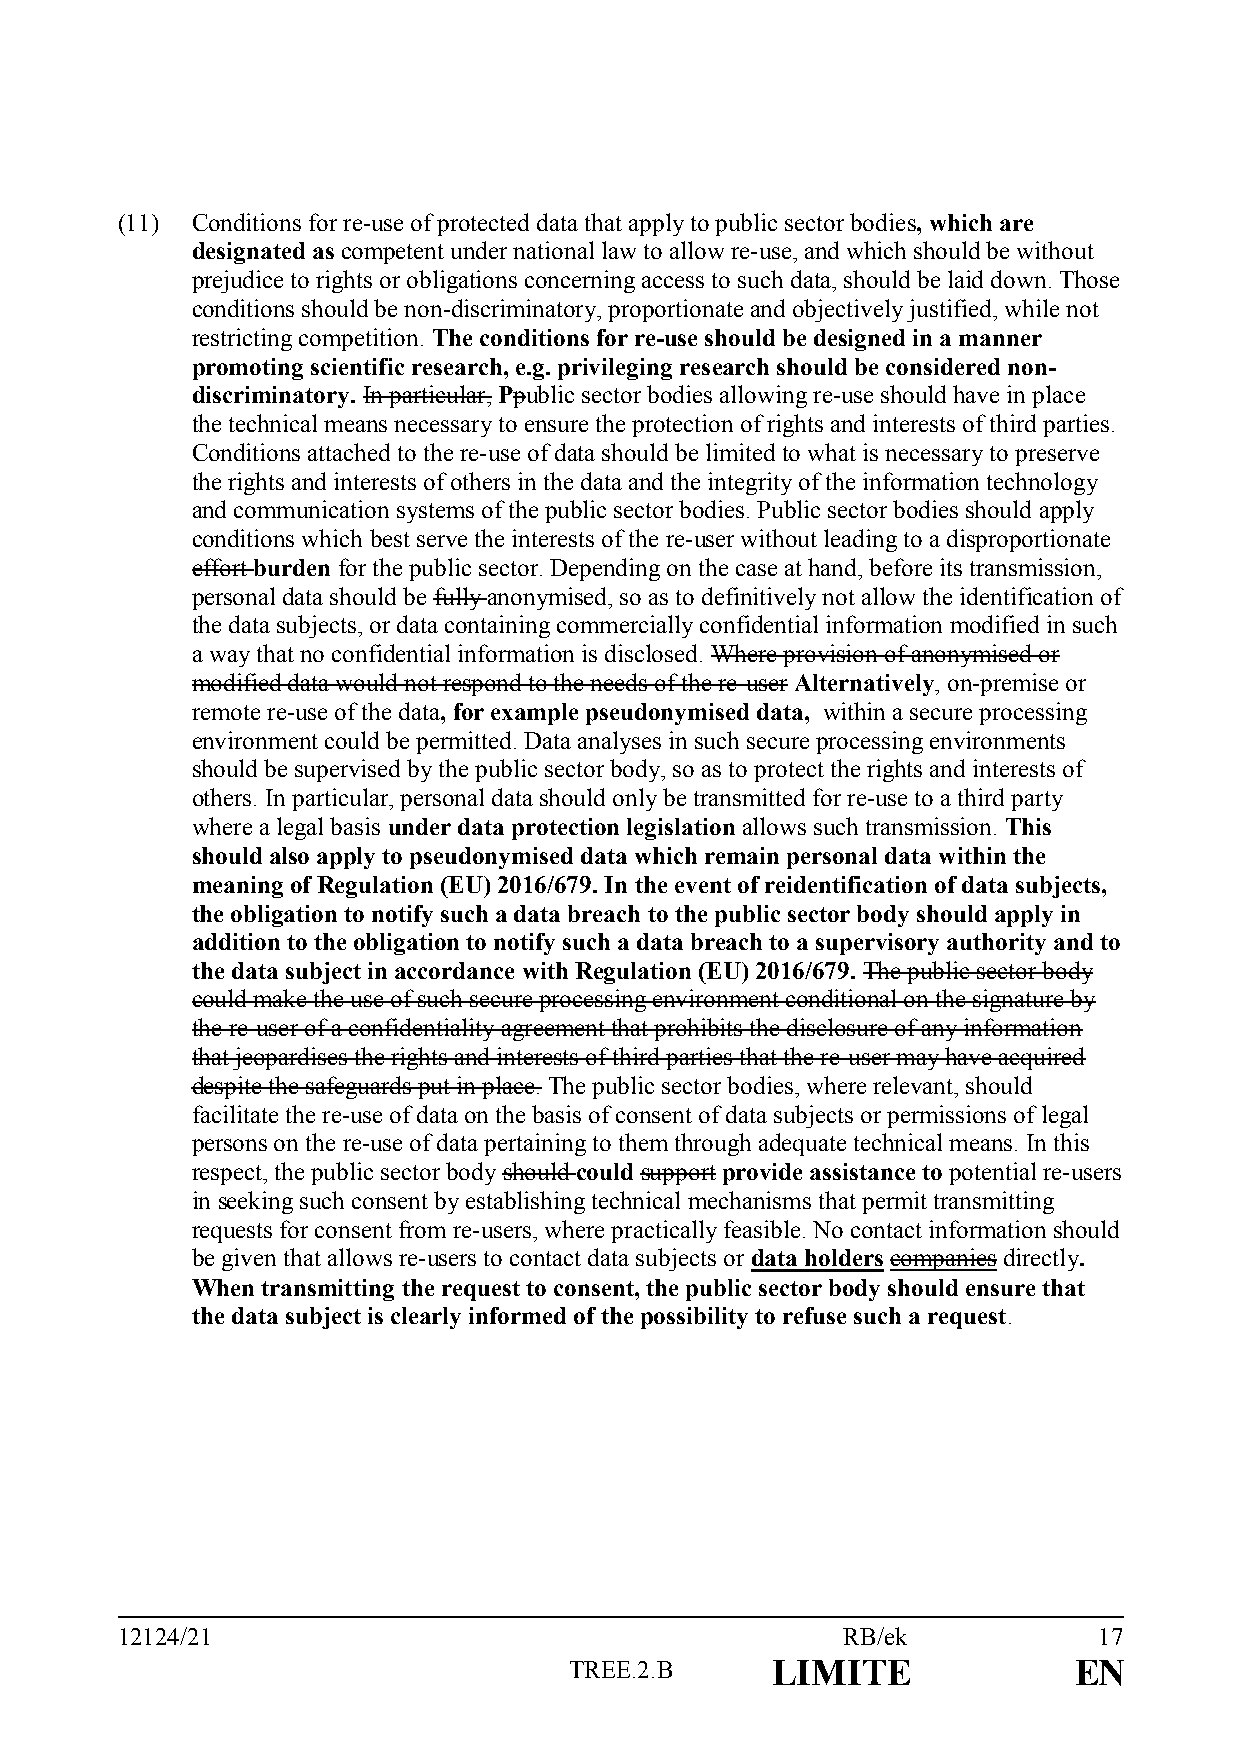
(11) Conditions for re-use of protected data that apply to public sector bodies, which are
 designated as competent under national law to allow re-use, and which should be without
 prejudice to rights or obligations concerning access to such data, should be laid down. Those
 conditions should be non-discriminatory, proportionate and objectively justified, while not
 restricting competition. The conditions for re-use should be designed in a manner
 promoting scientific research, e.g. privileging research should be considered non-
 discriminatory. In particular, Ppublic sector bodies allowing re-use should have in place
 the technical means necessary to ensure the protection of rights and interests of third parties.
 Conditions attached to the re-use of data should be limited to what is necessary to preserve
 the rights and interests of others in the data and the integrity of the information technology
 and communication systems of the public sector bodies. Public sector bodies should apply
 conditions which best serve the interests of the re-user without leading to a disproportionate
 effort burden for the public sector. Depending on the case at hand, before its transmission,
 personal data should be fully anonymised, so as to definitively not allow the identification of
 the data subjects, or data containing commercially confidential information modified in such
 a way that no confidential information is disclosed. Where provision of anonymised or
 modified data would not respond to the needs of the re-user Alternatively, on-premise or
 remote re-use of the data, for example pseudonymised data, within a secure processing
 environment could be permitted. Data analyses in such secure processing environments
 should be supervised by the public sector body, so as to protect the rights and interests of
 others. In particular, personal data should only be transmitted for re-use to a third party
 where a legal basis under data protection legislation allows such transmission. This
 should also apply to pseudonymised data which remain personal data within the
 meaning of Regulation (EU) 2016/679. In the event of reidentification of data subjects,
 the obligation to notify such a data breach to the public sector body should apply in
 addition to the obligation to notify such a data breach to a supervisory authority and to
 the data subject in accordance with Regulation (EU) 2016/679. The public sector body
 could make the use of such secure processing environment conditional on the signature by
 the re-user of a confidentiality agreement that prohibits the disclosure of any information
 that jeopardises the rights and interests of third parties that the re-user may have acquired
 despite the safeguards put in place. The public sector bodies, where relevant, should
 facilitate the re-use of data on the basis of consent of data subjects or permissions of legal
 persons on the re-use of data pertaining to them through adequate technical means. In this
 respect, the public sector body should could support provide assistance to potential re-users
 in seeking such consent by establishing technical mechanisms that permit transmitting
 requests for consent from re-users, where practically feasible. No contact information should
 be given that allows re-users to contact data subjects or data holders companies directly.
 When transmitting the request to consent, the public sector body should ensure that
 the data subject is clearly informed of the possibility to refuse such a request.
 12124/21                                        RB/ek            17
 TREE.2.B     LIMITE              EN